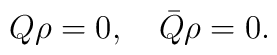
Q \rho = 0, \quad\bar Q \rho = 0.